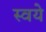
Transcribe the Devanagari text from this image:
स्वये